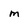
Character: m